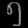
Digit: ၅